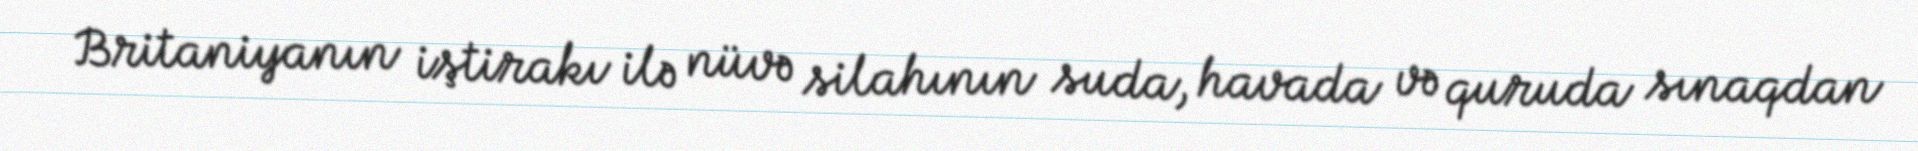
Britaniyanın iştirakı ilə nüvə silahının suda, havada və quruda sınaqdan